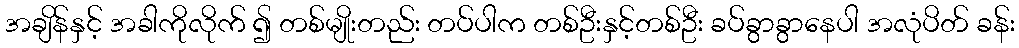
အချိန်နှင့် အခါကိုလိုက် ၍ တစ်မျိုးတည်း တပ်ပါက တစ်ဦးနှင့်တစ်ဦး ခပ်ခွာခွာနေပါ အလုံပိတ် ခန်း